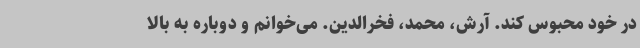
در خود محبوس کند. آرش، محمد، فخر‌الدین. می‌خوانم و دوباره به بالا